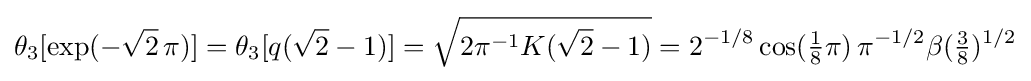
\theta _{3}[\exp(-{\sqrt {2}}\,\pi )]=\theta _{3}[q({\sqrt {2}}-1)]={\sqrt {2\pi ^{-1}K({\sqrt {2}}-1)}}=2^{-1/8}\cos({\tfrac {1}{8}}\pi )\,\pi ^{-1/2}\beta ({\tfrac {3}{8}})^{1/2}